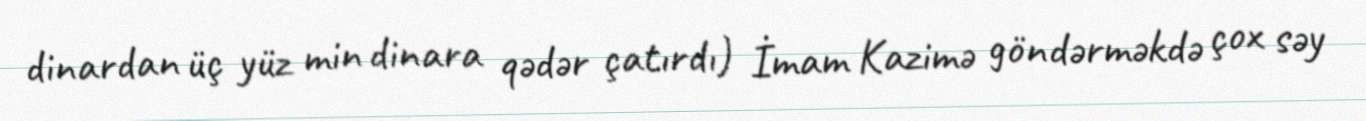
dinardan üç yüz min dinara qədər çatırdı) İmam Kazimə göndərməkdə çox səy